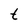
Character: t